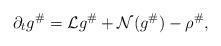
LaTeX: \begin{align*}\partial_tg^{\#}=\mathcal{L}g^{\#}+\mathcal{N}(g^{\#})-\rho^{\#},\end{align*}